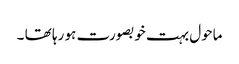
ماحول بہت خوبصورت ہو رہا تھا ۔